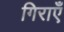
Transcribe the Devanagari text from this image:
गिराएँ